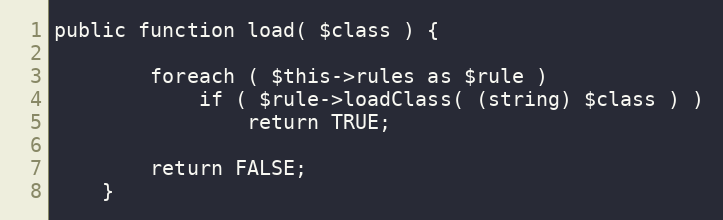
Language: PHP
public function load( $class ) {

		foreach ( $this->rules as $rule )
			if ( $rule->loadClass( (string) $class ) )
				return TRUE;

		return FALSE;
	}